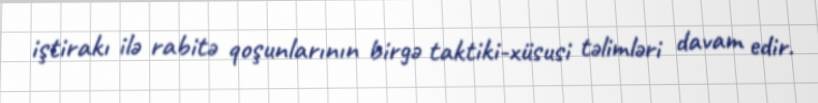
iştirakı ilə rabitə qoşunlarının birgə taktiki-xüsusi təlimləri davam edir.